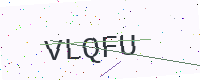
Text: VLQFU